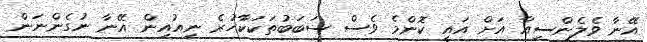
އޭނާ ވެލެންސިއާ އަށް އައީ ކޮންމެ ވެސް ސަބަބުތަކަކާހުރެ ނިއުއިން އޭނާ ނުގެންނަން